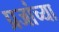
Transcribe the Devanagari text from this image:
प्रजांच्या